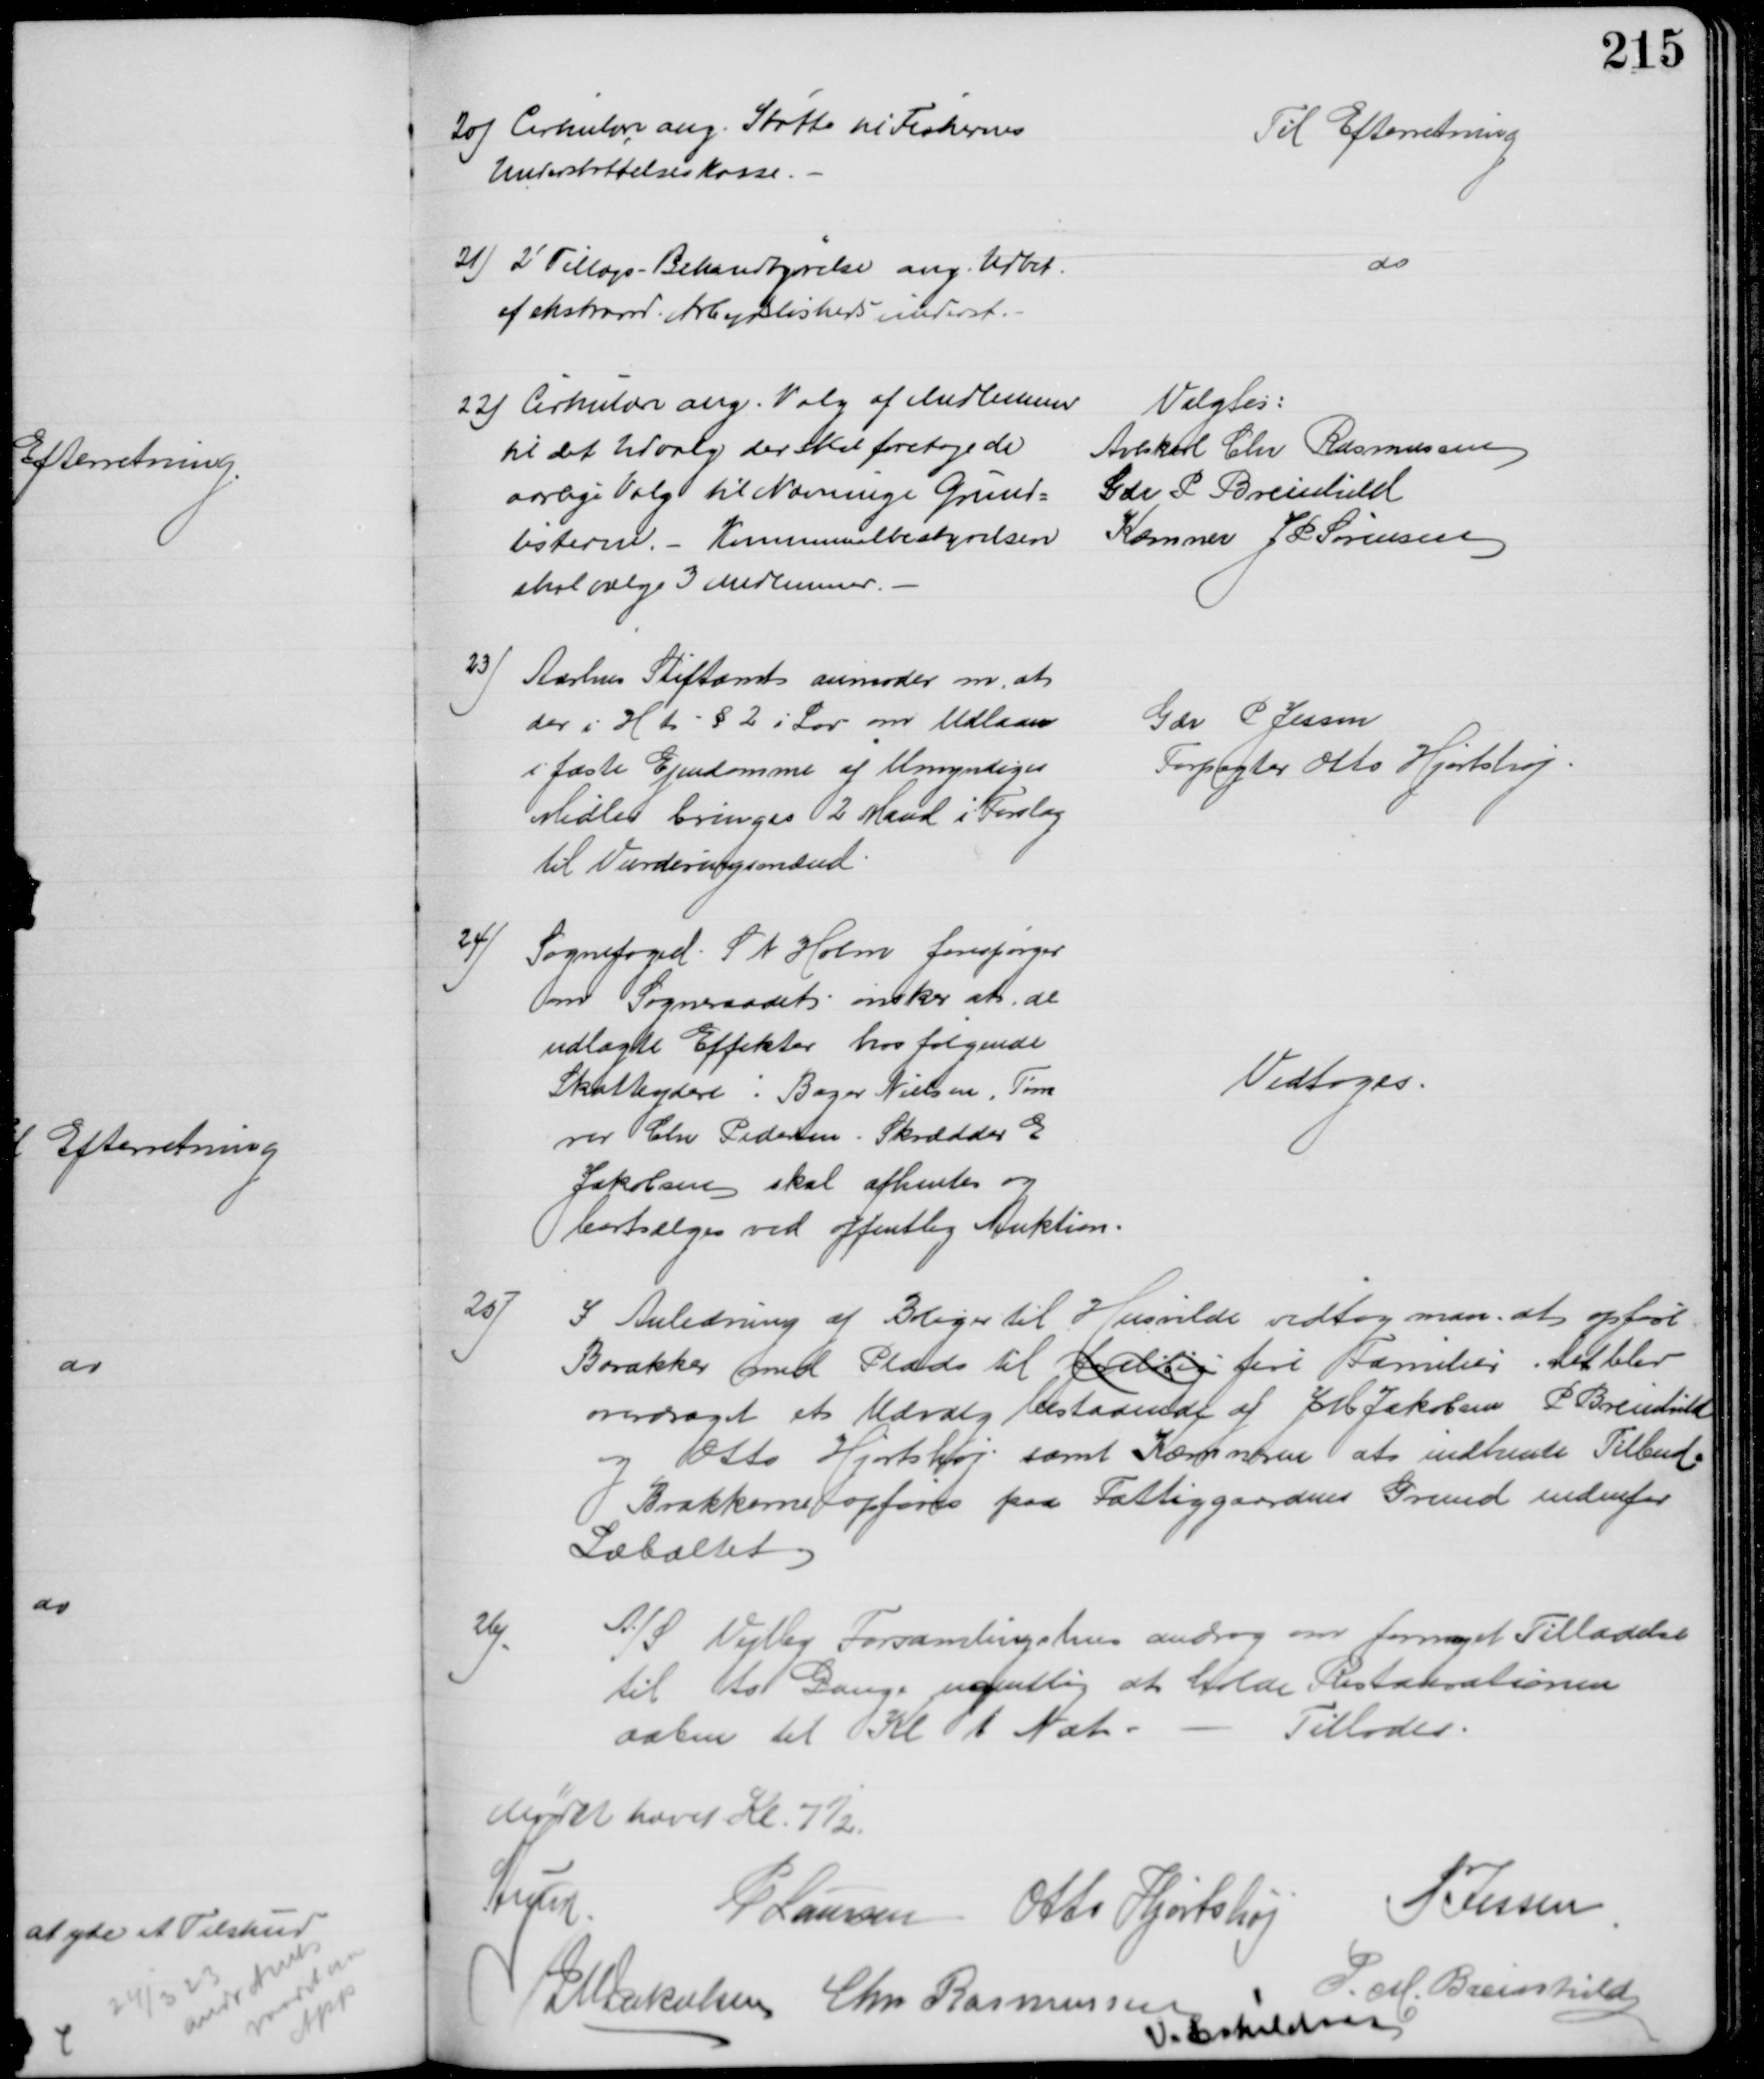
Transskription:
20) Cirkulære ang. Støtte til Fiskernes
Understøttelseskasse.
Til Efterretning
21) 2' Tillægs-Bekendtgørelse ang. Udbet.
af ekstraord. Arbejdsløshedsunderst.
do
22) Cirkulære ang. Valg af Medlemmer
til det Udvalg der skal foretage de
aarlige Valg til Nævninge Grund-
listerne. - Kommunalbestyrelsen
skal vælge 3 Medlemmer.
Valgtes:
Avlskarl Chr Rasmussen
Gdr P Breinhild
Kæmner J P Sørensen
23)
Aarhus Stiftamt anmoder om, at 
der i H. t. § 2 i Lov om Udlaan
i faste Ejendomme af Umyndiges
Midler bringes 2 Mand i Forslag
til Vurderingsmænd
Gdr P Jessen
Forpagter Otto Hjortshøj
24)
Sognefoged S N Holm forespørger
om Sogneraadet ønsker at de
udlagte Effekter hos følgende
Skatteydere: Bager Nielsen, Tøm
rer Chr Pedersen. Skrædder E
Jakobsen skal afhentes og
bortsælges ved offentlig Auktion.
Vedtoges.
25)
I Anledning af Boliger til Husvilde vedtog man at opføre
Barakker med Plads til foreløbig fire Familier. Det blev
overdraget et Udvalg bestaaende af J M Jakobsen P Breinhild
og Otto Hjortshøj samt Kæmneren at indhente Tilbud
Barakkerne opføres paa Fattiggaardens Grund indenfor
Læbæltet
26)
A/S Vejlby Forsamlingshus androg om fornyet Tilladelse
til to Gange ugentlig at holde Restaurationen
aaben til Kl 1 Nat
Tillodes
Mødet hævet Kl. 7½
A Lund
P Laursen Otto Hjortshøj
P Jessen
J M Jakobsen Chr Rasmussen
P. M. Breinhild
I. Eskildsen